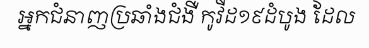
អ្នកជំនាញប្រឆាំងជំងឺ កូវីដ១៩ដំបូង ដែល